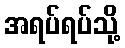
အရပ်ရပ်သို့